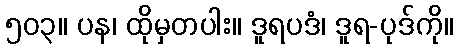
၅၀၃။ ပန၊ ထိုမှတပါး။ ဒူရပဒံ၊ ဒူရ-ပုဒ်ကို။